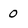
Character: 0